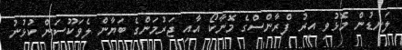
ލަނޑުން މޮޅުވި އިރު ފްރާންސްގެ މޮނާކޯ އާއި ޖަރުމަންގެ ބަޔާން ލެވަކޫސަން ކުޅުނު